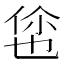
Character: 𬾡